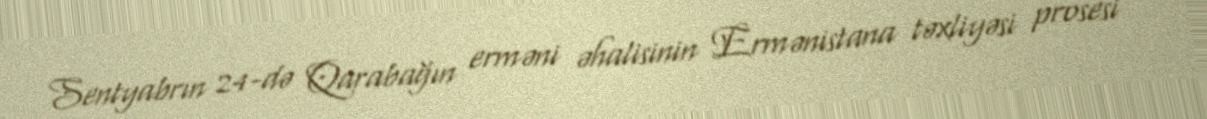
Sentyabrın 24-də Qarabağın erməni əhalisinin Ermənistana təxliyəsi prosesi